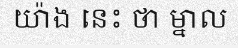
យ៉ាង នេះ ថា ម្នាល